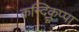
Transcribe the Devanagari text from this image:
कन्दिकुप्पा